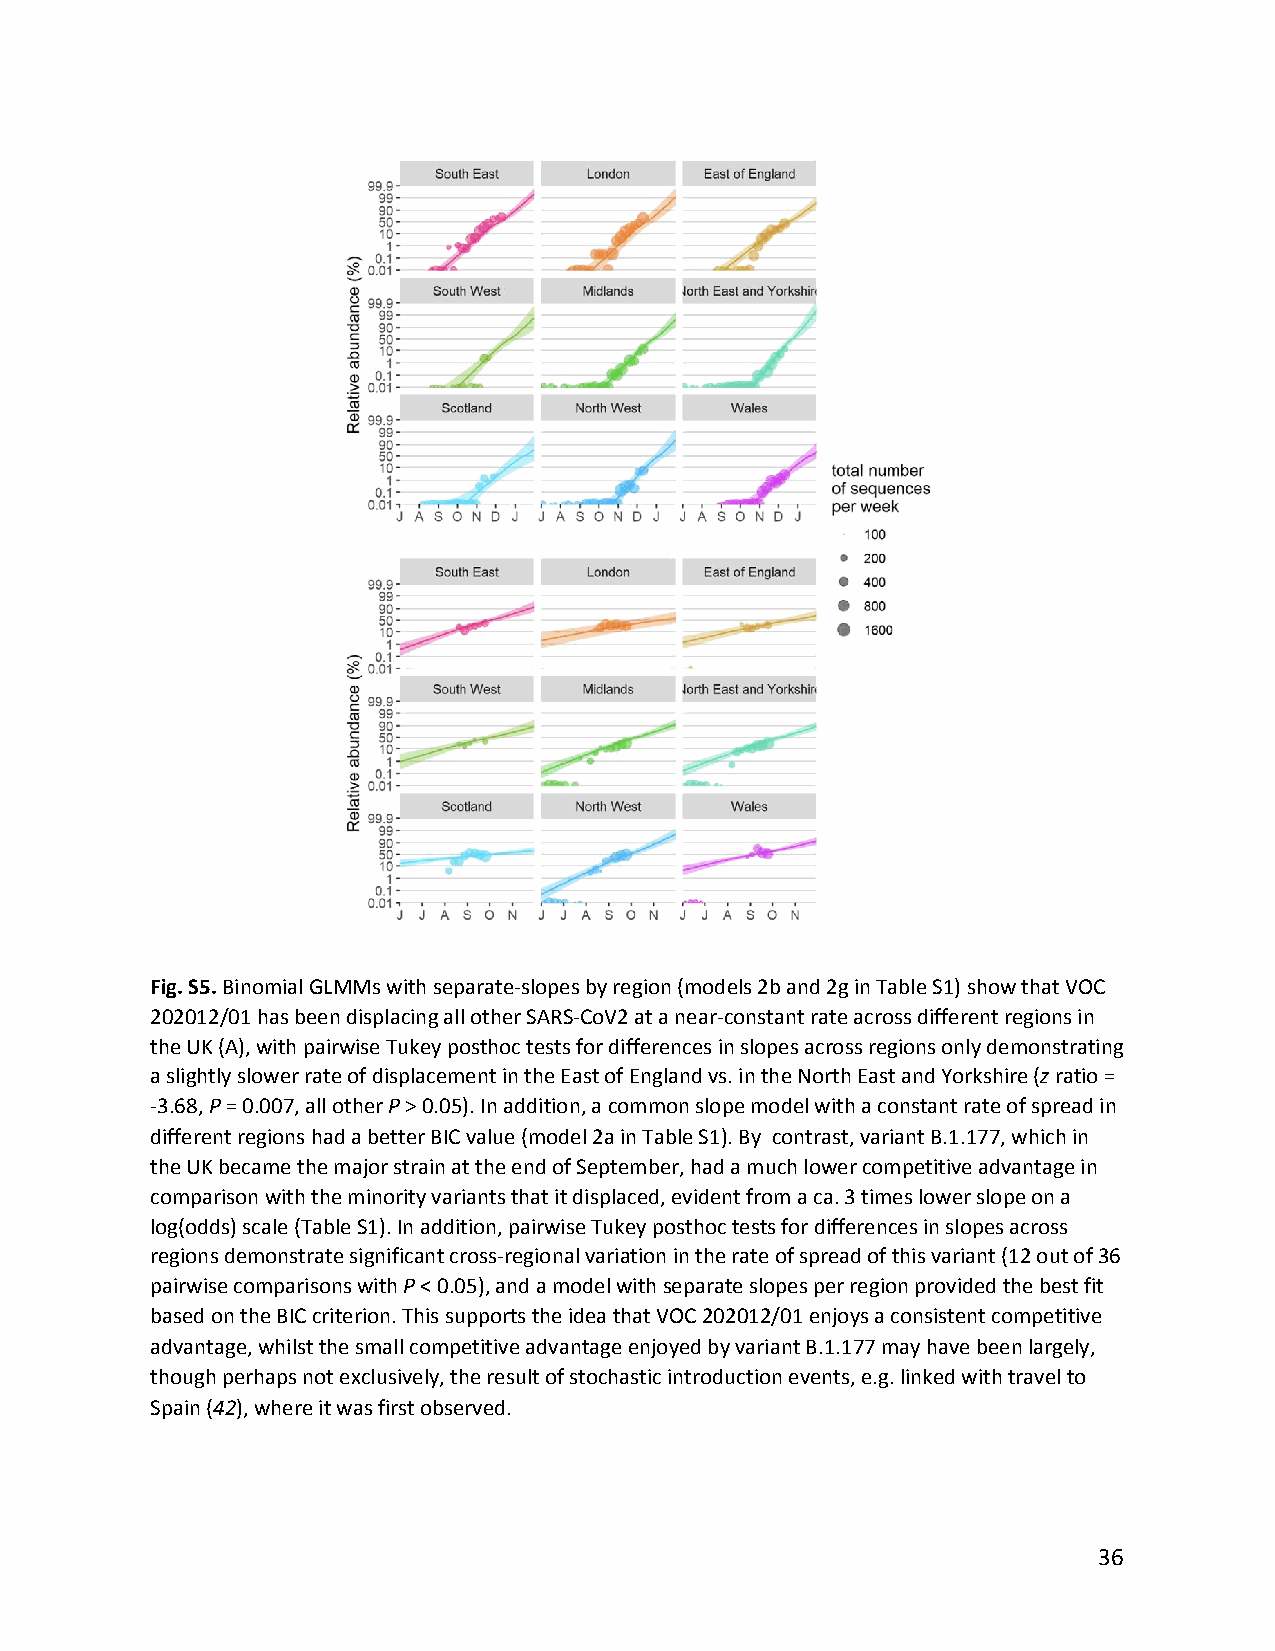
Fig. S5. Binomial GLMMs with separate-slopes by region (models 2b and 2g in Table S1) show that VOC
 ​
 202012/01 has been displacing all other SARS-CoV2 at a near-constant rate across different regions in
 the UK (A), with pairwise Tukey posthoc tests for differences in slopes across regions only demonstrating
 a slightly slower rate of displacement in the East of England vs. in the North East and Yorkshire (z ratio =
 ​ ​
 -3.68, P = 0.007, all other P > 0.05). In addition, a common slope model with a constant rate of spread in
 ​ ​         ​ ​
 different regions had a better BIC value (model 2a in Table S1). By contrast, variant B.1.177, which in
 the UK became the major strain at the end of September, had a much lower competitive advantage in
 comparison with the minority variants that it displaced, evident from a ca. 3 times lower slope on a
 log(odds) scale (Table S1). In addition, pairwise Tukey posthoc tests for differences in slopes across
 regions demonstrate significant cross-regional variation in the rate of spread of this variant (12 out of 36
 pairwise comparisons with P < 0.05), and a model with separate slopes per region provided the best fit
 ​ ​
 based on the BIC criterion. This supports the idea that VOC 202012/01 enjoys a consistent competitive
 advantage, whilst the small competitive advantage enjoyed by variant B.1.177 may have been largely,
 though perhaps not exclusively, the result of stochastic introduction events, e.g. linked with travel to
 Spain (42), where it was first observed.
 ​ ​ ​​
 36